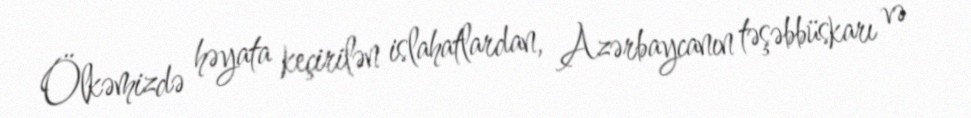
Ölkəmizdə həyata keçirilən islahatlardan, Azərbaycanın təşəbbüskarı və